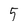
Character: 5